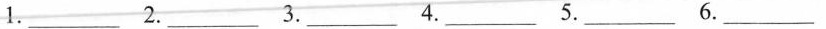
1.___ 2.___ 3.___ 4.___ 5.___ 6. ___